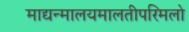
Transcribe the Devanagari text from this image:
माद्यन्मालयमालतीपरिमलो